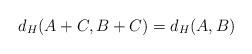
LaTeX: \begin{align*}d_H(A+C,B+C)=d_H(A,B)\end{align*}